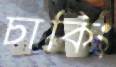
চাকিং